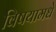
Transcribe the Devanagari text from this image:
विषयामधे